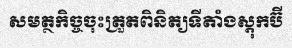
សមត្ថកិច្ចចុះត្រួតពិនិត្យទីតាំងស្តុកប៊ី